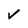
Character: V